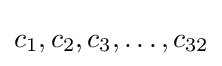
c_{1},c_{2},c_{3},\ldots ,c_{32}